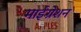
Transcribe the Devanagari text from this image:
माईग्रेशन